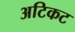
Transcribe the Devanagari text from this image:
अटिकट